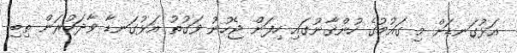
އަޅުގަނޑަށް މި ގައުމުގެ ހުންގާނުގައި ހިފަން ޖެހުނު ވަގުތު އަޅުގަނޑާ ވާދަކުރަން ތިބި